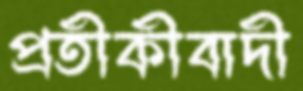
প্রতীকীবাদী